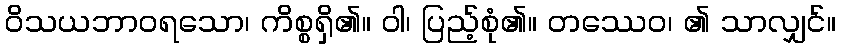
ဝိသယဘာဝရသော၊ ကိစ္စရှိ၏။ ဝါ၊ ပြည့်စုံ၏။ တဿေဝ၊ ၏ သာလျှင်။